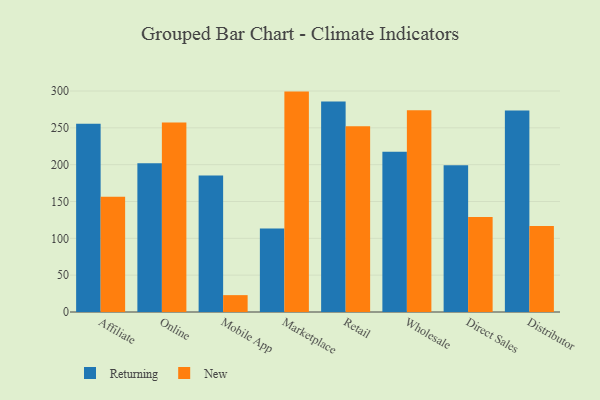
{"axis": {"x": "Channel", "y": "Waste Production (Tons)"}, "legend": ["New", "Returning"], "data": [{"x": "Affiliate", "y": 255.6, "type": "Returning"}, {"x": "Affiliate", "y": 156.6, "type": "New"}, {"x": "Online", "y": 201.9, "type": "Returning"}, {"x": "Online", "y": 257.1, "type": "New"}, {"x": "Mobile App", "y": 185.4, "type": "Returning"}, {"x": "Mobile App", "y": 22.9, "type": "New"}, {"x": "Marketplace", "y": 113.5, "type": "Returning"}, {"x": "Marketplace", "y": 299.2, "type": "New"}, {"x": "Retail", "y": 285.7, "type": "Returning"}, {"x": "Retail", "y": 252.0, "type": "New"}, {"x": "Wholesale", "y": 217.4, "type": "Returning"}, {"x": "Wholesale", "y": 273.9, "type": "New"}, {"x": "Direct Sales", "y": 199.2, "type": "Returning"}, {"x": "Direct Sales", "y": 128.8, "type": "New"}, {"x": "Distributor", "y": 273.7, "type": "Returning"}, {"x": "Distributor", "y": 116.9, "type": "New"}]}